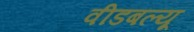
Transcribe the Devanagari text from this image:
वीडबल्यू